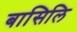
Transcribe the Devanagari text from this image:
बासिलि